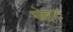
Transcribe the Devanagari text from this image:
शोहाट